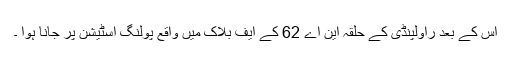
اس کے بعد راولپنڈی کے حلقہ این اے 62 کے ایف بلاک میں واقع پولنگ اسٹیشن پر جانا ہوا ۔